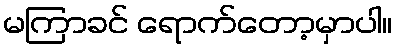
မကြာခင် ရောက်တော့မှာပါ။